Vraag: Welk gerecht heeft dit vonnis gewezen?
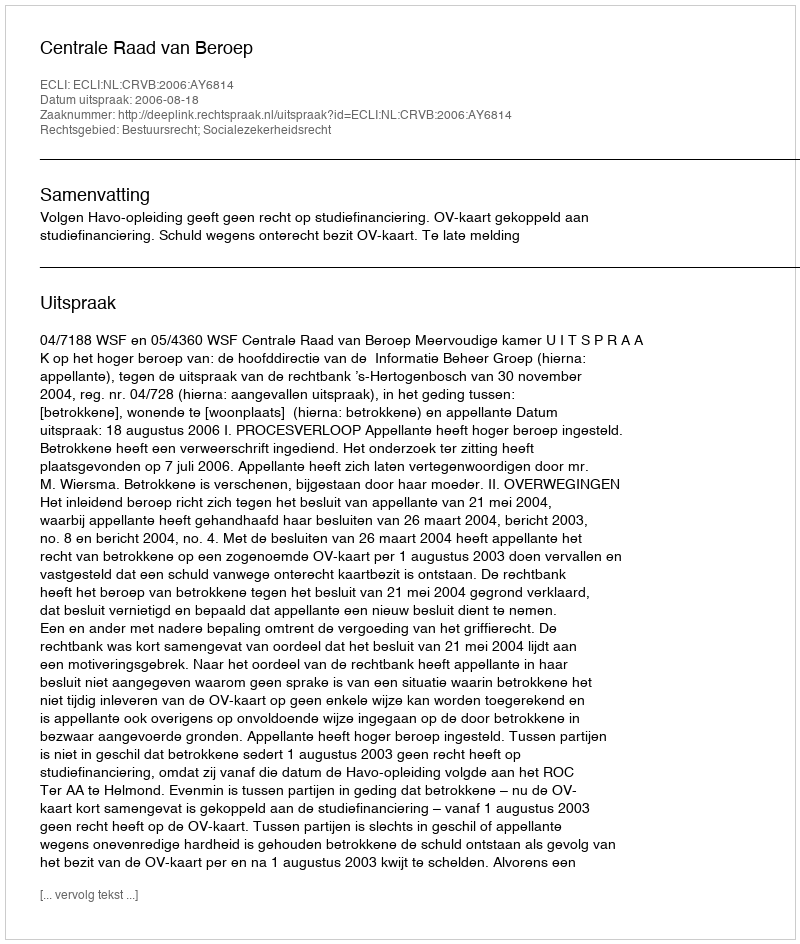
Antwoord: Centrale Raad van Beroep